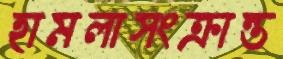
হামলাসংক্রান্ত